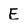
Character: E